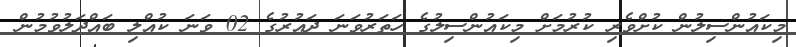
މިކައުންސިލުން ކުށްވެރި ކުރުމަށް މިކައުންސިލުގެ ހަތަރުވަނަ ދައުރުގެ 02 ވަނަ ކުއްލި ބައްދަލުވުމުން